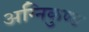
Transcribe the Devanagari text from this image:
अग्निकुण्ड